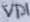
Text: VD1